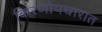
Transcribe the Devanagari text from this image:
किरणोपचारात